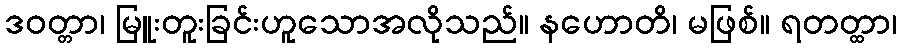
ဒဝတ္တာ၊ မြူးတူးခြင်းဟူသောအလိုသည်။ နဟောတိ၊ မဖြစ်။ ရတတ္ထာ၊